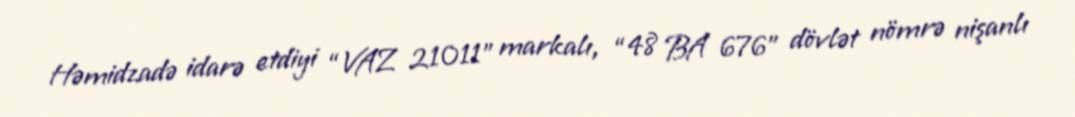
Həmidzadə idarə etdiyi “VAZ 21011” markalı, “48 BA 676” dövlət nömrə nişanlı